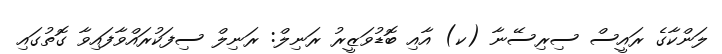
ލަންކާގެ ރައީސް ސިރިސޭނާ (ކ) އާއި ބޮޑުވަޒީރު ރަނިލް: ރަނިލް ސިފަކުރައްވާފައިވާ ގޮތުގައި